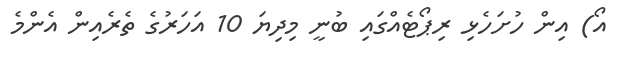
އޯ) އިން ހުށަހެޅި ރިޕޯޓެއްގައި ބުނީ މިދިޔަ 10 އަހަރުގެ ތެރެއިން އެންމެ